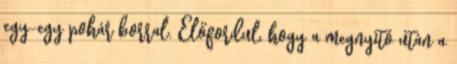
egy-egy pohár borral. Előfordul, hogy a megnyitó után a